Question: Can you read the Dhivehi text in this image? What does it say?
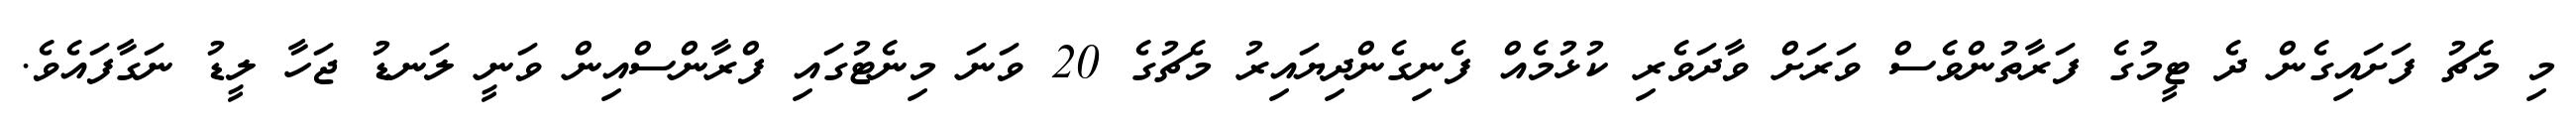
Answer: މި މެޗު ފަށައިގެން ދެ ޓީމުގެ ފަރާތުންވެސް ވަރަށް ވާދަވެރި ކުޅުމެއް ފެނިގެންދިޔައިރު މެޗުގެ 20 ވަނަ މިނެޓުގައި ފްރާންސްއިން ވަނީ ލަނޑު ޖަހާ ލީޑު ނަގާފައެވެ.